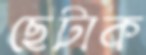
ছেটাক